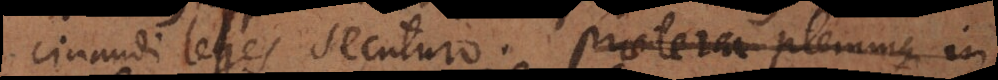
cinandi leges secuturo. praeterea plerumque in